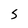
Character: S